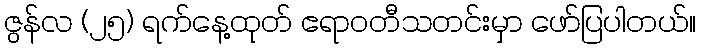
ဇွန်လ (၂၅) ရက်နေ့ထုတ် ဧရာဝတီသတင်းမှာ ဖော်ပြပါတယ်။